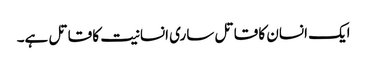
ایک انسان کا قاتل ساری انسانیت کا قاتل ہے۔